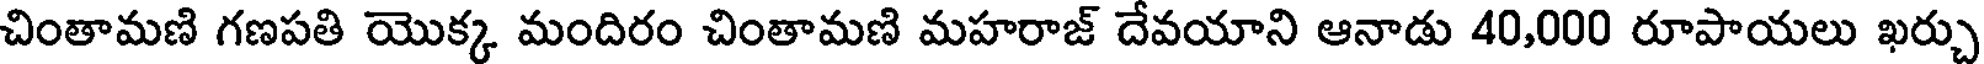
చింతామణి గణపతి యొక్క మందిరం చింతామణి మహరాజ్ దేవయాని ఆనాడు 40,000 రూపాయలు ఖర్చు